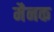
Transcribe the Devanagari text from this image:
मैनक